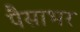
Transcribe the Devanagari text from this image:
पैसाभर